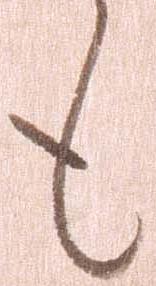
も